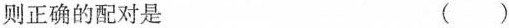
则正确的配对是 ( )